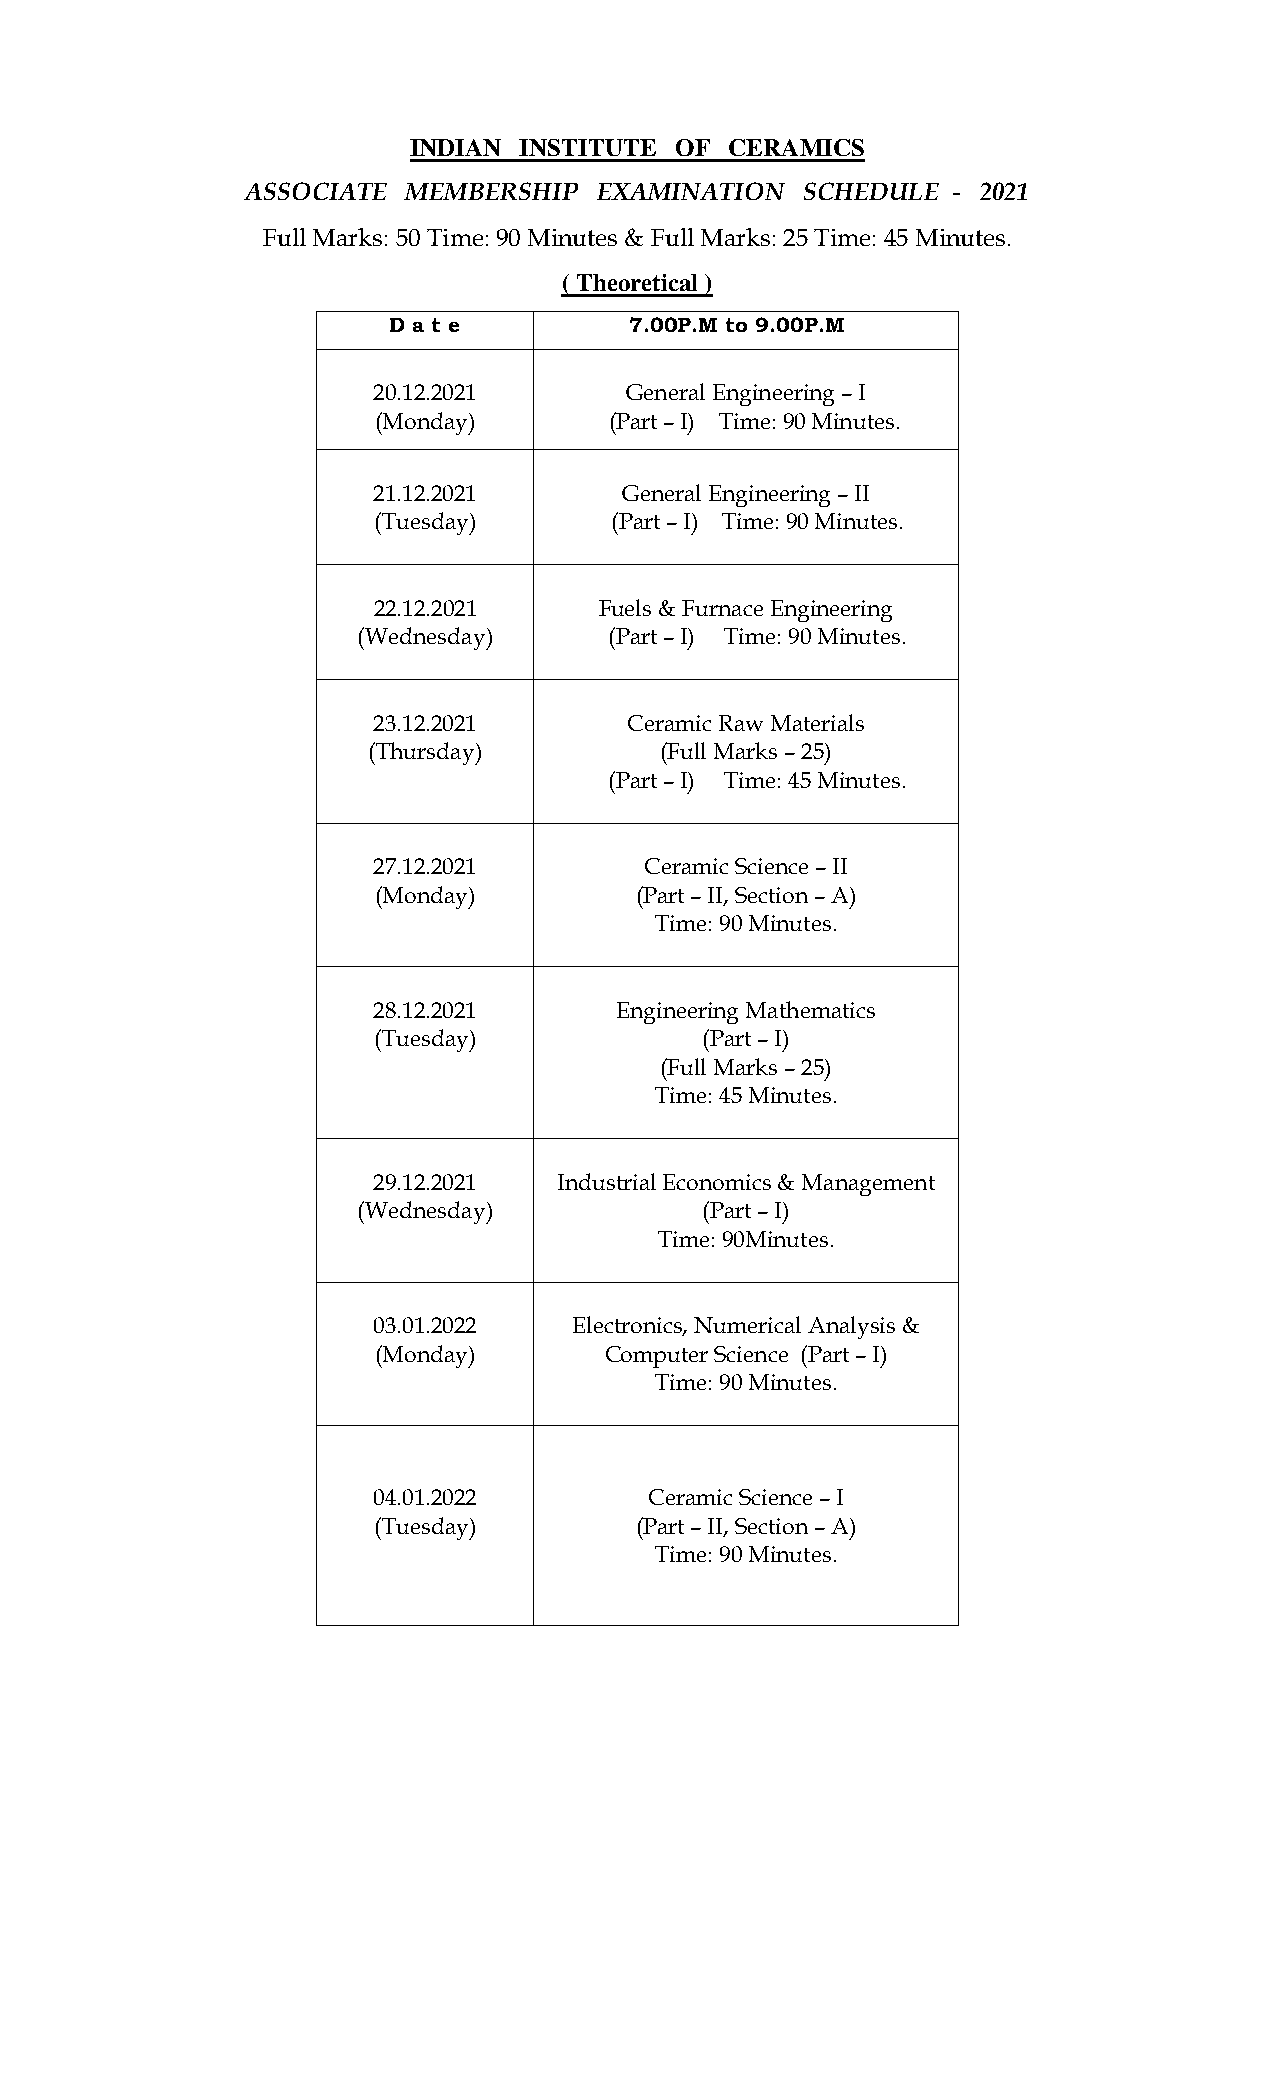
INDIAN INSTITUTE  OF CERAMICS
 ASSOCIATE  MEMBERSHIP   EXAMINATION  SCHEDULE  - 2021
 Full Marks: 50 Time: 90 Minutes & Full Marks: 25 Time: 45 Minutes.
 ( Theoretical )
 D a t e         7.00P.M to 9.00P.M
 20.12.2021      General Engineering – I
 (Monday)       (Part – I) Time: 90 Minutes.
 21.12.2021      General Engineering – II
 (Tuesday)       (Part – I) Time: 90 Minutes.
 22.12.2021     Fuels & Furnace Engineering
 (Wednesday)     (Part – I) Time: 90 Minutes.
 23.12.2021       Ceramic Raw Materials
 (Thursday)          (Full Marks – 25)
 (Part – I) Time: 45 Minutes.
 27.12.2021        Ceramic Science – II
 (Monday)         (Part – II, Section – A)
 Time: 90 Minutes.
 28.12.2021      Engineering Mathematics
 (Tuesday)            (Part – I)
 (Full Marks – 25)
 Time: 45 Minutes.
 29.12.2021  Industrial Economics & Management
 (Wednesday)           (Part – I)
 Time: 90Minutes.
 03.01.2022   Electronics, Numerical Analysis &
 (Monday)       Computer Science (Part – I)
 Time: 90 Minutes.
 04.01.2022        Ceramic Science – I
 (Tuesday)        (Part – II, Section – A)
 Time: 90 Minutes.